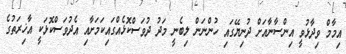
އިމާމް ވިދާޅުވީ އިންސާނާއަށް ދުނިޔޭގައި ހުންނަން ލިބެނީ މަދު ދުވަސްކޮޅެއްގައިކަމަށާއި އެދުވަސްކޮޅަކީ އާޚިރަތުގެ